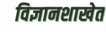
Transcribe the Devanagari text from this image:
विज्ञानशाखेत